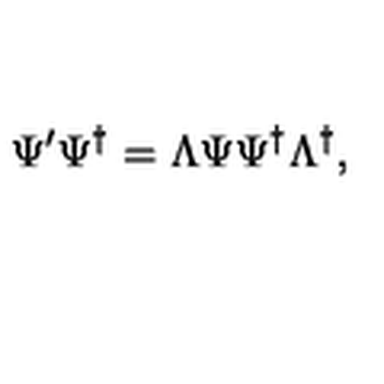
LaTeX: \Psi ^ { \prime } \Psi ^ { \dag } = \Lambda \Psi \Psi ^ { \dag } \Lambda ^ { \dag } ,